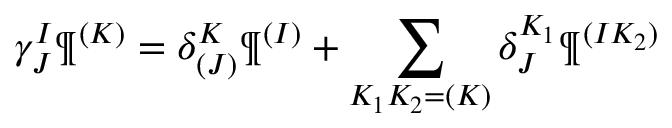
\gamma _ { J } ^ { I } \P ^ { ( K ) } = \delta _ { ( J ) } ^ { K } \P ^ { ( I ) } + \sum _ { K _ { 1 } K _ { 2 } = ( K ) } \delta _ { J } ^ { K _ { 1 } } \P ^ { ( I K _ { 2 } ) }